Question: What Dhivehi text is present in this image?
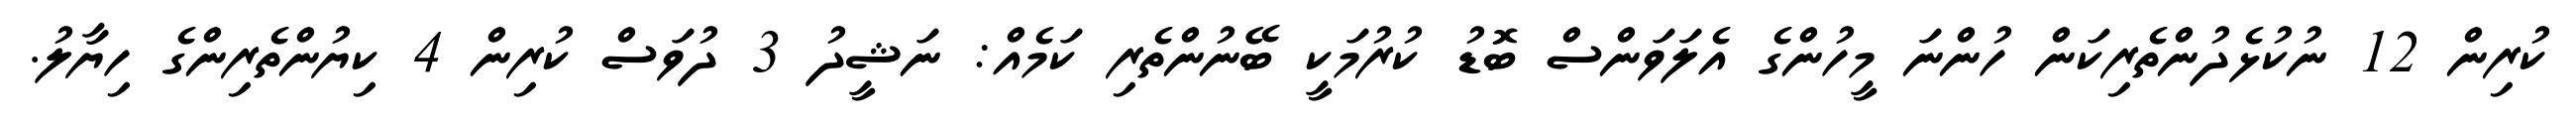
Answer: ކުރިން 12 ނުކުޅެދުންތެރިކަން ހުންނަ މީހުންގެ އެލަވަންސް ބޮޑު ކުރުމަކީ ބޭނުންތެރި ކަމެއް: ނަޝީދު 3 ދުވަސް ކުރިން 4 ކިޔުންތެރިންގެ ހިޔާލު.